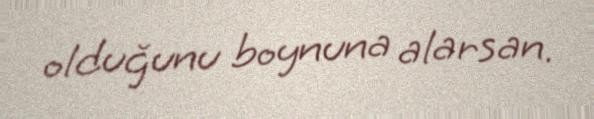
olduğunu boynuna alarsan.